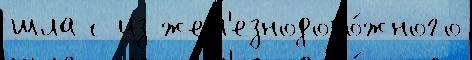
шла с из жел'езнодоро́жного